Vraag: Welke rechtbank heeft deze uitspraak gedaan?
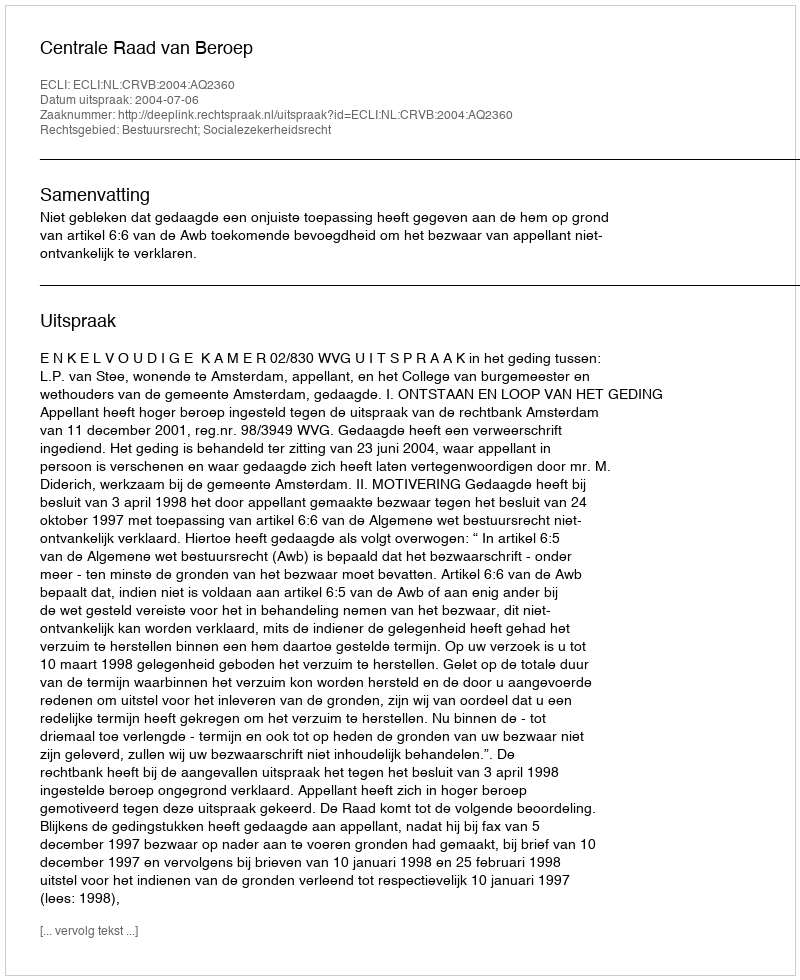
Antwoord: Centrale Raad van Beroep